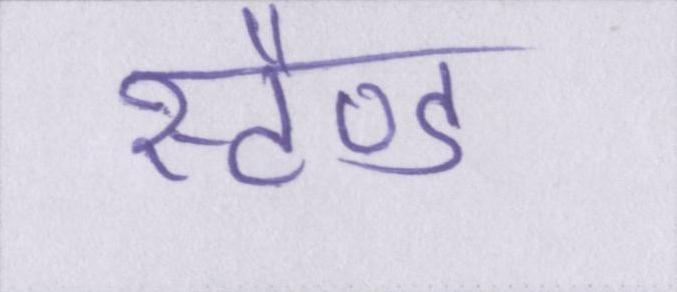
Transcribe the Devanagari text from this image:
स्टैण्ड